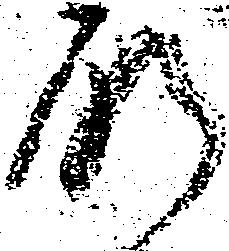
肝